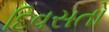
દિવસતો